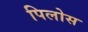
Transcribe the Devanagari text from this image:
पिलोस